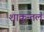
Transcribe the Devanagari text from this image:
शाकुन्तलं